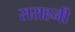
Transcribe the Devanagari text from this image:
सराहनी